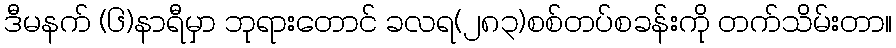
ဒီမနက် (၆)နာရီမှာ ဘုရားတောင် ခလရ(၂၈၃)စစ်တပ်စခန်းကို တက်သိမ်းတာ။